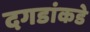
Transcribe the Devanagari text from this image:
दगडांकडे